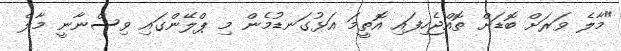
"މާލެ ވަރަށް ބޮޑަށް ތޮއްޖެހިފައި އޮތީމަ އަޅުގަނޑުމެން މި ޕްލޭންގައި ވިސްނާނީ މާލެ